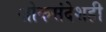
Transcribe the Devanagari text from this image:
शोकसंदेशही